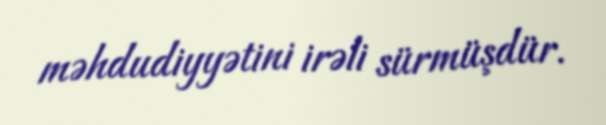
məhdudiyyətini irəli sürmüşdür.